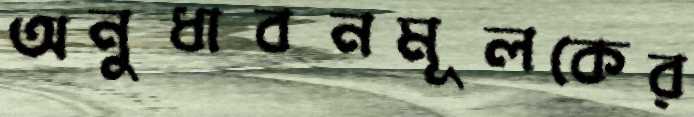
অনুধাবনমূলকের